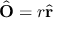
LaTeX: { \hat { \mathbf { O } } } = r { \hat { \mathbf { r } } }